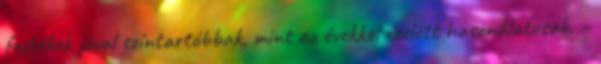
festékek jóval színtartóbbak, mint az évekkel ezelőtt használatosak. –